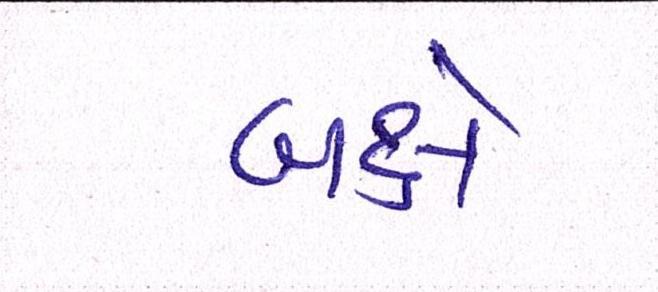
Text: બક્ષે